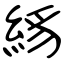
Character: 絼